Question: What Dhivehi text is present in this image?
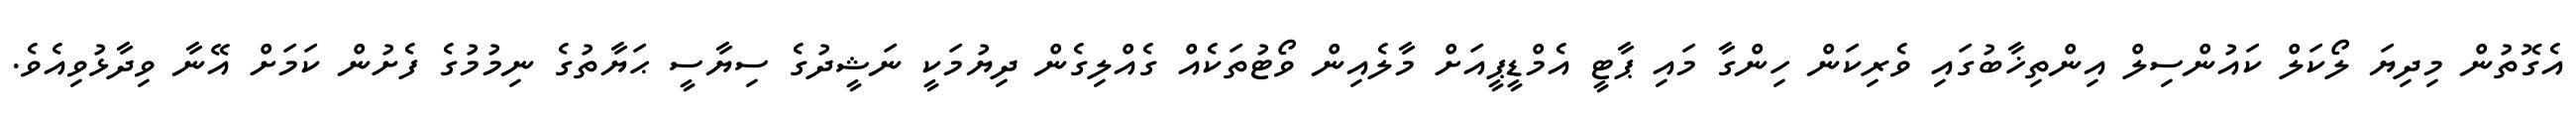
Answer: އެގޮތުން މިދިޔަ ލޯކަލް ކައުންސިލް އިންތިޚާބުގައި ވެރިކަން ހިންގާ މައި ޕާޓީ އެމްޑީޕީއަށް މާލެއިން ވޯޓުތަކެއް ގެއްލިގެން ދިޔުމަކީ ނަޝީދުގެ ސިޔާސީ ޙަޔާތުގެ ނިމުމުގެ ފެށުން ކަމަށް އޭނާ ވިދާޅުވިއެވެ.